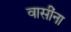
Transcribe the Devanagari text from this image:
वासींना